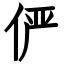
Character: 俨